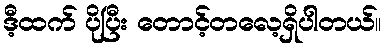
ဒီ့ထက် ပိုပြီး တောင့်တလေ့ရှိပါတယ်။